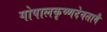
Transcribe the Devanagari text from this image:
गोपालकृष्णदेवतायै